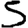
Digit: 5